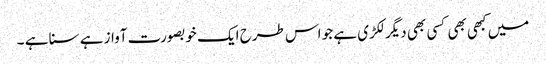
میں کبھی بھی کسی بھی دیگر لکڑی ہے جو اس طرح ایک خوبصورت آواز ہے سنا ہے ۔